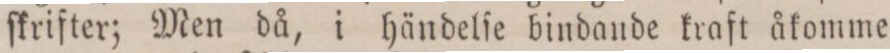
ſkrifter; Men då, i händelſe bindande kraft åkomme